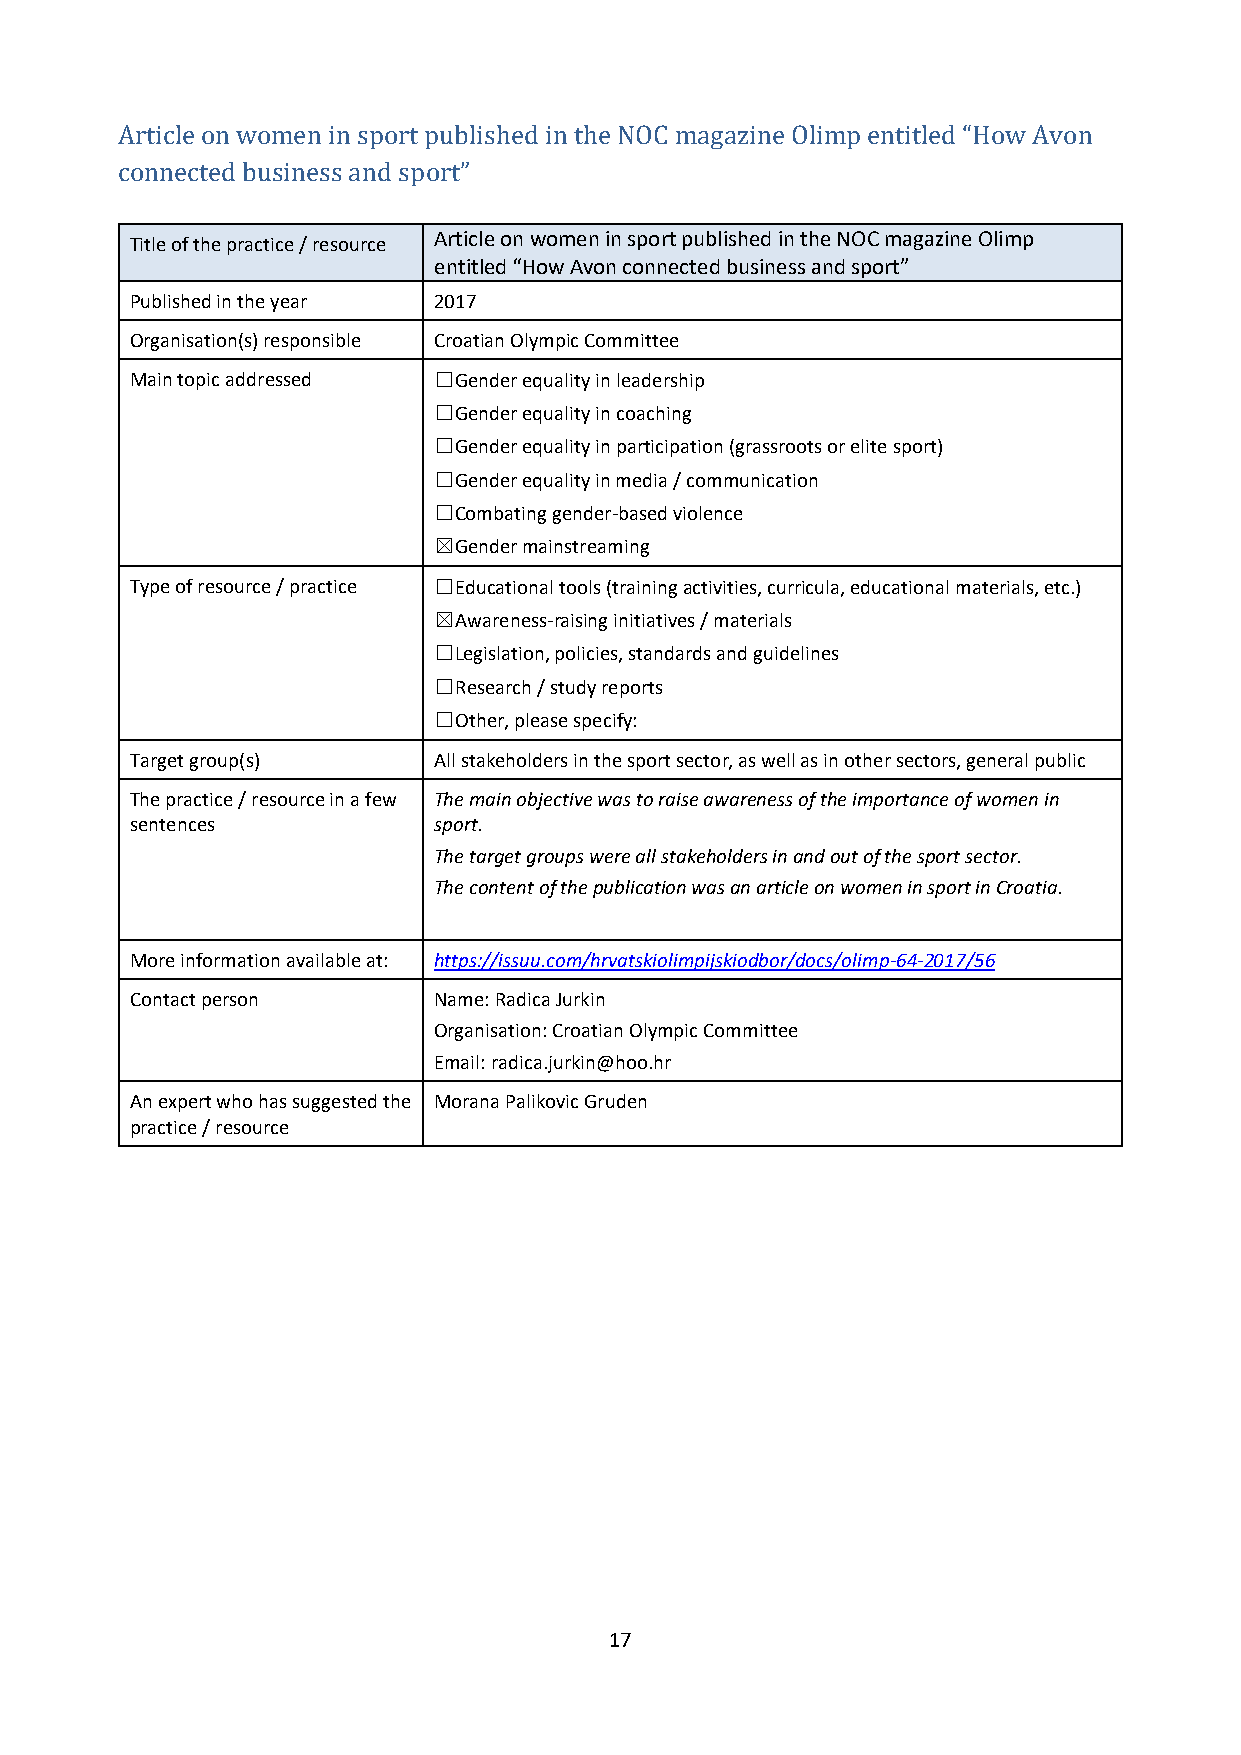
Article on women in sport published in the NOC magazine Olimp entitled “How Avon
 connected business and sport”
 Title of the practice / resource Article on women in sport published in the NOC magazine Olimp
 entitled “How Avon connected business and sport”
 Published in the year 2017
 Organisation(s) responsible Croatian Olympic Committee
 Main topic addressed ☐Gender equality in leadership
 ☐Gender equality in coaching
 ☐Gender equality in participation (grassroots or elite sport)
 ☐Gender equality in media / communication
 ☐Combating gender-based violence
 ☒Gender mainstreaming
 Type of resource / practice ☐Educational tools (training activities, curricula, educational materials, etc.)
 ☒Awareness-raising initiatives / materials
 ☐Legislation, policies, standards and guidelines
 ☐Research / study reports
 ☐Other, please specify:
 Target group(s)     All stakeholders in the sport sector, as well as in other sectors, general public
 The practice / resource in a few The main objective was to raise awareness of the importance of women in
 sentences           sport.
 The target groups were all stakeholders in and out of the sport sector.
 The content of the publication was an article on women in sport in Croatia.
 More information available at: https://issuu.com/hrvatskiolimpijskiodbor/docs/olimp-64-2017/56
 Contact person      Name: Radica Jurkin
 Organisation: Croatian Olympic Committee
 Email: radica.jurkin@hoo.hr
 An expert who has suggested the Morana Palikovic Gruden
 practice / resource
 17